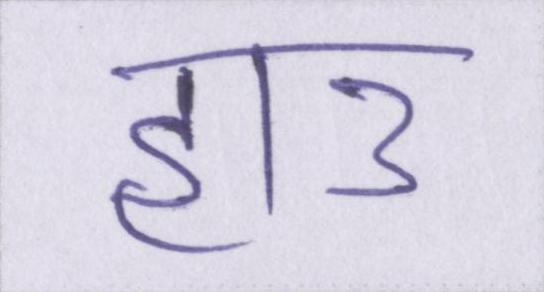
हाउ